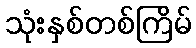
သုံးနှစ်တစ်ကြိမ်